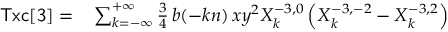
\begin{array} { r l } { { \sf T x c [ 3 ] } = } & { { } \sum _ { k = - \infty } ^ { + \infty } \frac { 3 } { 4 } \, b ( - k n ) \, x y ^ { 2 } X _ { k } ^ { - 3 , 0 } \left( X _ { k } ^ { - 3 , - 2 } - X _ { k } ^ { - 3 , 2 } \right) } \end{array}